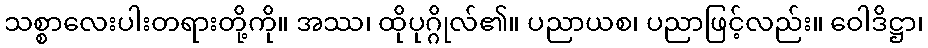
သစ္စာလေးပါးတရားတို့ကို။ အဿ၊ ထိုပုဂ္ဂိုလ်၏။ ပညာယစ၊ ပညာဖြင့်လည်း။ ဝေါဒိဋ္ဌာ၊